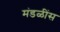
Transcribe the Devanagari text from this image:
मंडळींस